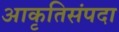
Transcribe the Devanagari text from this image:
आकृतिसंपदा